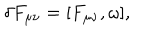
\delta F _ { \mu \nu } = [ F _ { \mu \nu } , \omega ] ,